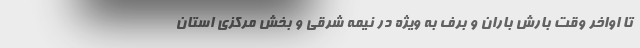
تا اواخر وقت بارش باران و برف به ویژه در نیمه شرقی و بخش مرکزی استان